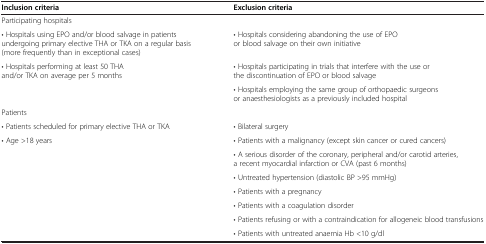
<table><thead><tr><td><b>Inclusion criteria</b></td><td><b>Exclusion criteria</b></td></tr></thead><tbody><tr><td colspan="2">Participating hospitals</td></tr><tr><td>• Hospitals using EPO and/or blood salvage in patients undergoing primary elective THA or TKA on a regular basis (more frequently than in exceptional cases)</td><td>• Hospitals considering abandoning the use of EPO or blood salvage on their own initiative</td></tr><tr><td rowspan="2">• Hospitals performing at least 50 THA and/or TKA on average per 5 months</td><td>• Hospitals participating in trials that interfere with the use or the discontinuation of EPO or blood salvage</td></tr><tr><td>• Hospitals employing the same group of orthopaedic surgeons or anaesthesiologists as a previously included hospital</td></tr><tr><td colspan="2">Patients</td></tr><tr><td>• Patients scheduled for primary elective THA or TKA</td><td>• Bilateral surgery</td></tr><tr><td rowspan="7">• Age &gt;18 years</td><td>• Patients with a malignancy (except skin cancer or cured cancers)</td></tr><tr><td>• A serious disorder of the coronary, peripheral and/or carotid arteries, a recent myocardial infarction or CVA (past 6 months)</td></tr><tr><td>• Untreated hypertension (diastolic BP &gt;95 mmHg)</td></tr><tr><td>• Patients with a pregnancy</td></tr><tr><td>• Patients with a coagulation disorder</td></tr><tr><td>• Patients refusing or with a contraindication for allogeneic blood transfusions</td></tr><tr><td>• Patients with untreated anaemia Hb &lt;10 g/dl</td></tr></tbody></table>